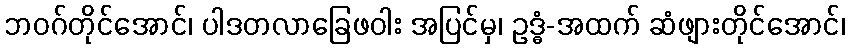
ဘဝဂ်တိုင်အောင်၊ ပါဒတလာခြေဖဝါး အပြင်မှ၊ ဥဒ္ဓံ-အထက် ဆံဖျားတိုင်အောင်၊